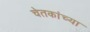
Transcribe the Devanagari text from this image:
चेतकांच्या